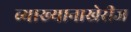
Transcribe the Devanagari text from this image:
व्याख्यानाखेरीज